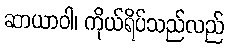
ဆာယာဝါ၊ ကိုယ်ရိပ်သည်လည်